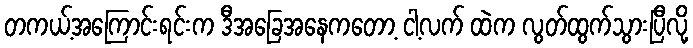
တကယ့်အကြောင်းရင်းက ဒီအခြေအနေကတော့ ငါ့လက် ထဲက လွတ်ထွက်သွားပြီလို့